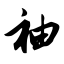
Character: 袖